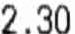
2.30